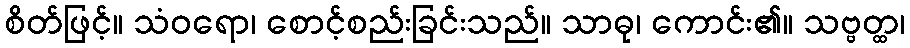
စိတ်ဖြင့်။ သံဝရော၊ စောင့်စည်းခြင်းသည်။ သာဓု၊ ကောင်း၏။ သဗ္ဗတ္ထ၊